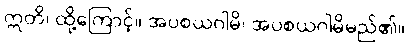
ဣတိ၊ ထို့ကြောင့်။ အပစယဂါမိ၊ အပစယဂါမိမည်၏။